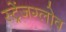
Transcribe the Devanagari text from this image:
स्ट्रेंजग्लोव